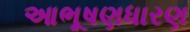
આભૂષણધારણ